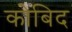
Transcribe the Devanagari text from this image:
कोबिद